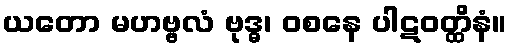
ယတော မဟဗ္ဗလံ ဗုဒ္ဓ၊ ဝစနေ ပါဋဝတ္ထိနံ။